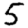
Digit: 5